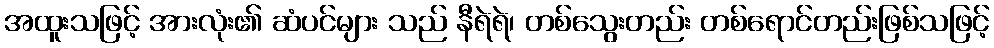
အထူးသဖြင့် အားလုံး၏ ဆံပင်များ သည် နီရဲရဲ၊ တစ်သွေးတည်း တစ်ရောင်တည်းဖြစ်သဖြင့်